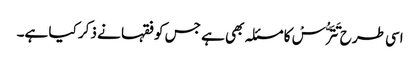
اسی طرح تَتَرُّسْ کا مسئلہ بھی ہے جس کو فقہا نے ذکر کیا ہے۔